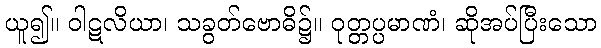
ယူ၍။ ဝါဋလိယာ၊ သခွတ်ဗောဓိ၌။ ဝုတ္တပ္ပမာဏံ၊ ဆိုအပ်ပြီးသော